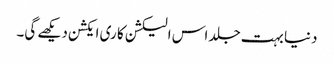
دنیا بہت جلد اس الیکشن کا ری ایکشن دیکھے گی۔